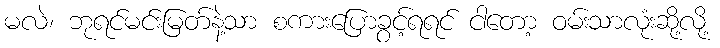
မလဲ၊ ဘုရင်မင်းမြတ်နဲ့သာ စကားပြောခွင့်ရရင် ငါတော့ ဝမ်းသာလုံးဆို့လို့